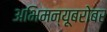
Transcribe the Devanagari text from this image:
अभिमन्यूबरोबर